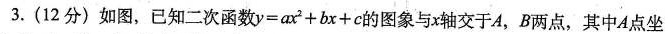
3.(12分)如图，已经二次函数y=ax^2+bx+c的图象与x轴交于A,B两点，其中A点坐